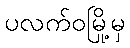
ပလက်ဝမြို့မှ